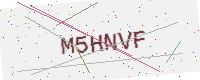
Text: M5HNVF